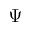
\Psi